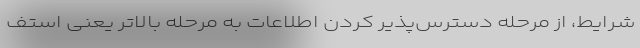
شرایط، از مرحله دسترس‌پذیر کردن اطلاعات به مرحله بالاتر یعنی استف